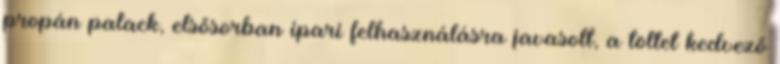
propán palack, elsősorban ipari felhasználásra javasolt, a töltet kedvező